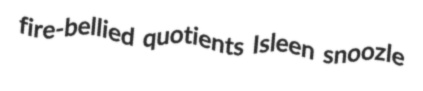
fire-bellied quotients Isleen snoozle